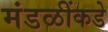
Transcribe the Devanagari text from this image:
मंडळींकडे